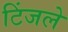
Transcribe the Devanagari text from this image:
टिंजले